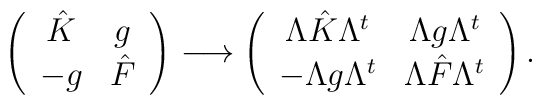
\left(\begin{array}{cc}\hat K& g\\-g&\hat F\end{array}\right)\longrightarrow\left(\begin{array}{cc}\Lambda\hat K \Lambda^t& \Lambda g \Lambda^t\\ - \Lambda g \Lambda^t & \Lambda\hat F \Lambda^t \end{array}\right).